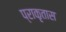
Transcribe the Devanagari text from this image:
प्राकृतास